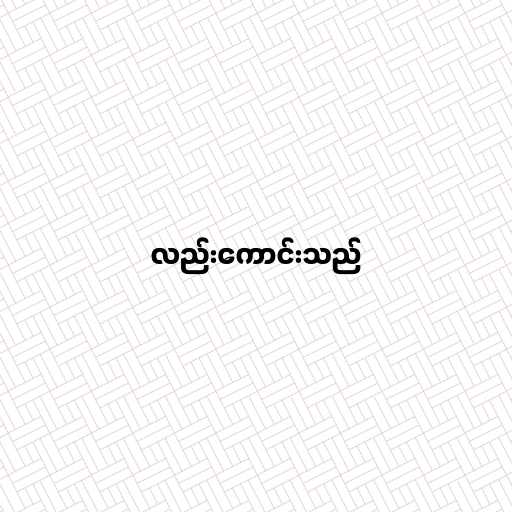
လည်းကောင်းသည်